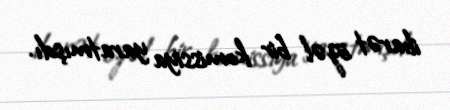
ibarət özəl bir komissiya yaratmışdı.